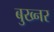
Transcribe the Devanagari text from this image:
बुख्नर